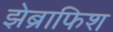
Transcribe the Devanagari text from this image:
झेब्राफिश